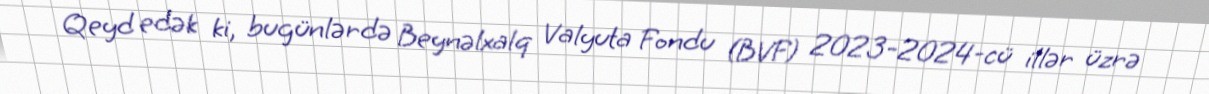
Qeyd edək ki, bugünlərdə Beynəlxalq Valyuta Fondu (BVF) 2023-2024-cü illər üzrə